Vaccine operations Central Provinces 1900-1911 - 1900-1911
Year: 1900
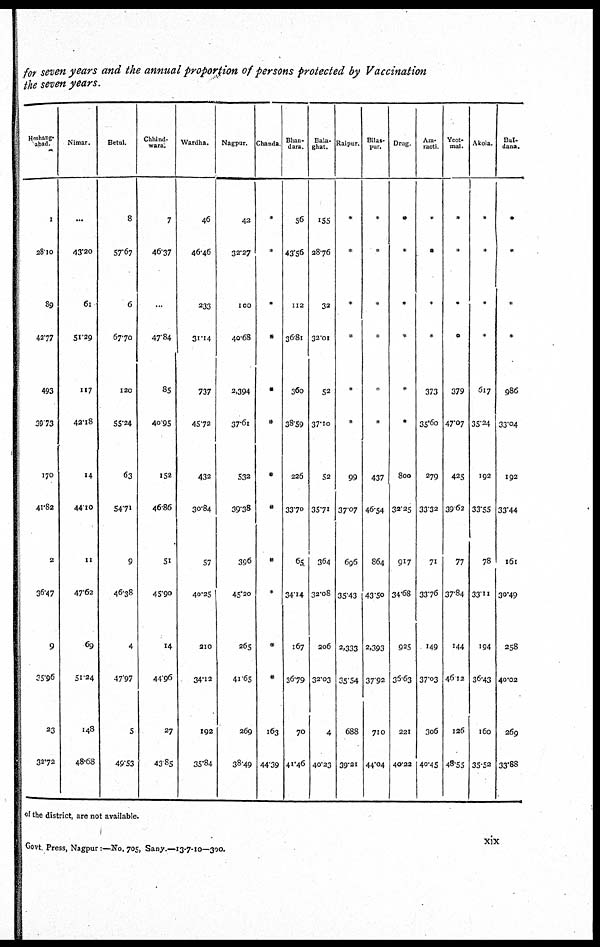
for seven years and the annual proportion of persons protected by Vaccination
the seven years.
Hoshang¬
abad.
1
28.10
89
42.77
493
39.73
170
41.82
2
36.47
9
35.96
23
32.72
Nimar.
...
43.20
61
51.29
117
42.18
14
44.10
11
47.62
69
51.24
148
48.68
Betul.
8
57.67
6
67.70
120
55.24
63
54.71
9
46.38
4
47.97
5
49.53
Chhind¬
wara.
7
46.37
...
47.84
85
40.95
152
46.86
51
45.90
14
44.96
27
43.85
Wardha.
46
46.46
233
31.14
737
45.72
432
30.84
57
40.25
210
34.12
192
35.84
Nagpur.
42
32.27
100
40.68
2,394
37.61
532
39.38
396
45.20
265
41.65
269
38.49
Chanda.
*
*
*
*
*
*
*
*
*
*
*
*
163
44.39
Bhan¬
dara.
56
43.56
112
36.81
360
38.59
226
33.70
65
34.14
167
36.79
70
41.46
Bala¬
ghat.
155
28.76
32
32.01
52
37.10
52
35.71
364
32.08
206
32.03
4
40.23
Raipur.
*
*
*
*
*
*
99
37.07
696
35.43
2,333
35.54
688
39.21
Bilas¬
pur.
*
*
*
*
*
*
437
46.54
864
43.50
2,393
37.92
710
44.04
Drug.
*
*
*
*
*
*
800
32.25
917
34.68
925
36.63
221
40.22
Am¬
raoti.
*
*
*
*
373
35.60
279
33.32
71
33.76
149
37.03
306
40.45
Yeot¬
mal.
*
*
*
*
379
47.07
425
39.62
77
37.84
144
46.12
126
48.55
Akola.
*
*
*
*
617
35.24
192
33.55
78
33.11
194
36.43
160
35.52
Bul¬
dana.
*
*
*
*
986
33.04
192
33.44
161
30.49
258
40.02
269
33.88
of the district, are not available.
Govt. Press, Nagpur:—No. 705, Sany.—13-7-10—300.
xix